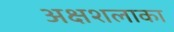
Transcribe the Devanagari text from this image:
अक्षशलाका